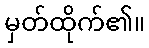
မှတ်ထိုက်၏။